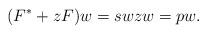
LaTeX: \begin{align*}(F^*+ z F)w =sw zw=pw.\end{align*}